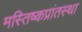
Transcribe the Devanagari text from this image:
मस्तिष्कप्रांतस्था